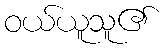
ဝယ်ယူသူ၏